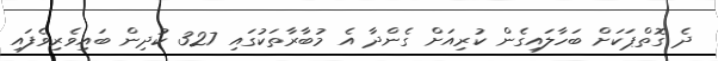
ދެ ގޮތްޕަކަށް ބަހާލައިގެން ކުރިއަށް ގެންދާ އެ މުބާރާތަކުގައި 327 ކުދިން ބައިވެރިވެފައި